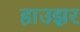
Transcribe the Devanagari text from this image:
हाउझर